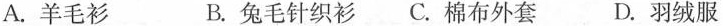
A.羊毛衫 B.兔毛针织衤 C.棉布外套 D.羽绒服